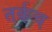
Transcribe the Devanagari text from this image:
तर्कच